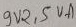
Text: 9V2,5VA